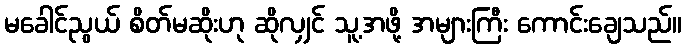
မခေါင်ညွယ် စိတ်မဆိုးဟု ဆိုလျှင် သူ့အဖို့ အများကြီး ကောင်းချေသည်။